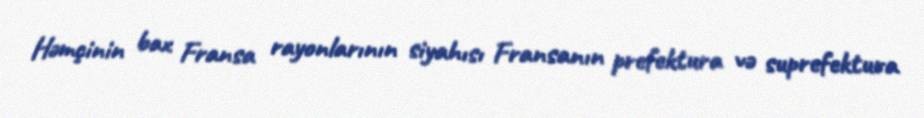
Həmçinin bax Fransa rayonlarının siyahısı Fransanın prefektura və suprefektura